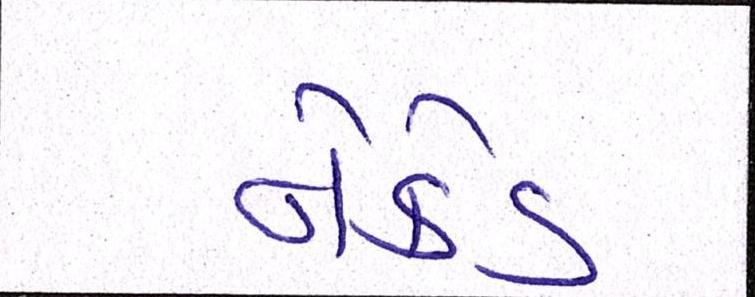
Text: નેકેડ